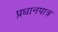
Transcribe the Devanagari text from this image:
प्रधानपात्र